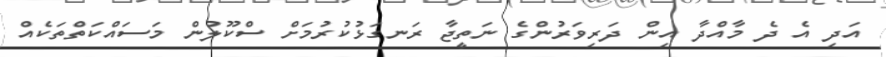
އަދި އެ ދެ މާއްދާ އިން ދަރިވަރުންގެ ނަތީޖާ ރަނގަޅުކުރުމަށް ސްކޫލުން މަސައްކަތްތަކެއް